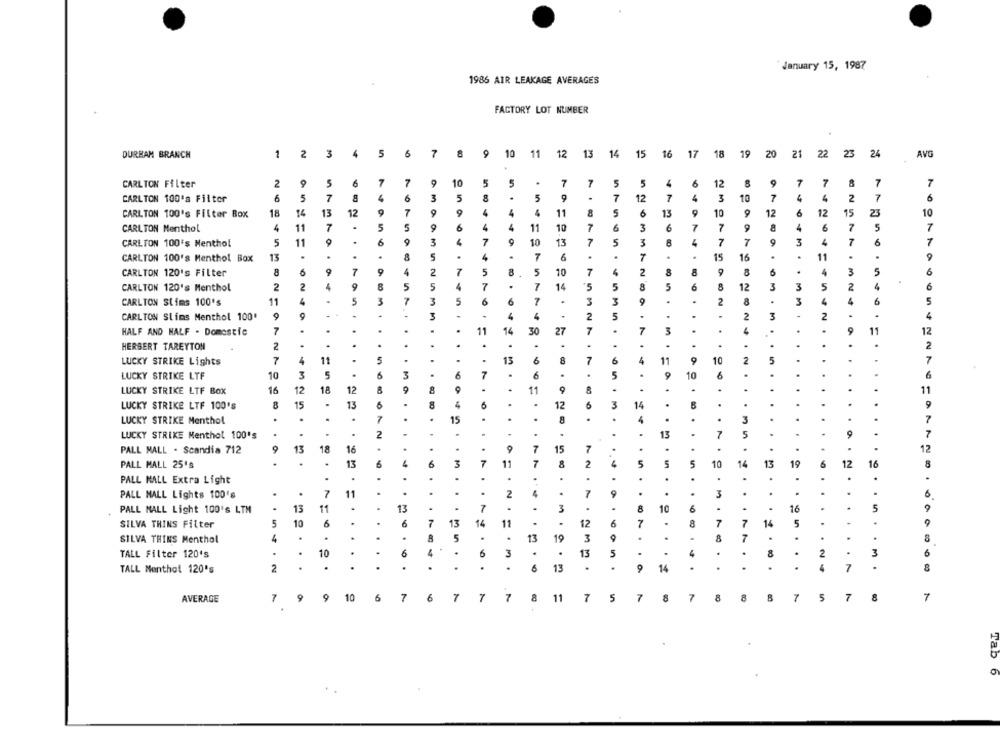
January 15, 1987
1986 AIR LEAKAGE AVERAGES
FACTORY LOT NUMBER
DURHAM BRANCH
1
2
3
4
5
6
9 10 11 12 13 14 15 16 17 18 19 20 21 22 23 24
AVG
CARLTON Filter
2
9
5
6
10
5
5
7
5
5
12
9
7
7
7
7
CARLTON 100's Filter
6
5
7
6
3
5
5
9
7
12
7
3
7
4
4
2
7
6
CARLTON 100's Filter Box
18
14
12
7
11
5
6
13
10
9
12
15
23
10
.
7
CARLTON Menthol
4
11
7
5
9
6
11
10
6
3
6
7
7
4
6
5
7
6
10
13
3
7
9
3
4
7
6
7
CARLTON 100's Menthol
5
11
3
9
7
5
7
.
.
.
.
15
11
.
.
9
CARLTON 100's Menthol Box
13
5
4
7
6
16
6
4
7
5
7
2
.
3
5
6
CARLTON 120's Filter
8
2
5
10
8
4
2
5
7
5
8
5
8
12
3
3
5
2
6
CARLTON 120's Menthol
2
5
4
7
14
4
CARLTON SLims 100's
3
7
3
5
6
6
7
.
3
3
9
.
2
3
6
5
11
CARLTON Slims Menthol 100'
9
9
-
3
2
5
.
2
3
2
4
HALF AND HALF - Domestic
7
.
.
.
11
14
30
27
7
.
9
11
12
HERBERT TAREYTON
2
.
.
.
.
.
.
2
LUCKY STRIKE Lights
7
4
1'
5
6
8
7
6
11
10
5
.
.
LUCKY STRIKE LTF
10
5
.
6
3
6
7
6
.
5
9
10
.
6
LUCKY STRIKE LTF Box
16
12
12
8
11
9
.
11
LUCKY STRIKE LTF 100's
8
.
12
6
3
14
LUCKY STRIKE Menthol
7
15
.
.
.
LUCKY STRIKE Menthol 100's
.
2
.
.
13
5
9
PALL MALL . Scandia 712
16
9
7
15
7
.
....
.
PALL MALL 25'S
13
6
3
7
11
7
2
....
5
5
5
10
14
13
19
12
16
8
PALL MALL Extra Light
.
.
.
.
.
PALL MALL Lights 100's
.
7
11
.
2
...
7
9
.
.
3
PALL MALL Light 100's LTM
13
11
13
7
.
3
.
8
10
6
16
5
SILVA THINS Filter
5
10
6
.
6
7
13
14
11
.
12
6
7
14
5
9
SILVA THINS Menthol
4
.
.
.
5
.
13
19
3
.
..
8
7
.
TALL Filter 120's
..
10
6
4
.
3
.
5
.
.
8
2
6
TALL Menthol 120's
2
.....
.
6
13
9
14
-.
7
M.
AVERAGE
9
9
10
6
7
6
7
7
7
8
11
7
5
7
8
8
8
5
CET
o